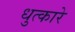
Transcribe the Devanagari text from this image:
धुत्कारे